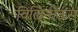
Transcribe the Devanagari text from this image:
विलिनीऊस